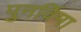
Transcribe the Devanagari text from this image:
पुनर्विमा